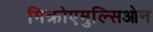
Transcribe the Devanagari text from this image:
मिक्रोएमुल्सिओन